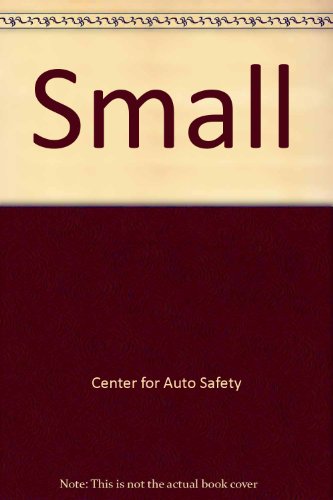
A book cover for Small--on safety: The designed-in dangers of the Volkswagen; Center for Auto Safety; Engineering & Transportation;